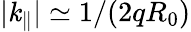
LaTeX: \lvert\mathit{k}_{\parallel}\rvert\simeq1/(2qR_{0})